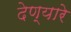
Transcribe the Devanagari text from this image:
देण्यारे